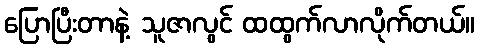
ပြောပြီးတာနဲ့ သူဇာလွင် ထထွက်လာလိုက်တယ်။